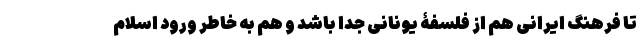
تا فرهنگ ایرانی هم از فلسفۀ یونانی جدا باشد و هم به خاطر ورود اسلام